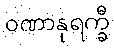
ဝဏာနုရက္ခီ